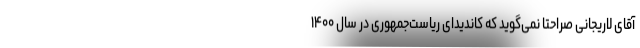
آقای لاریجانی صراحتا نمی‌گوید که کاندیدای ریاست‌جمهوری در سال ۱۴۰۰